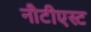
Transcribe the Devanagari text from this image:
नौटीएस्ट